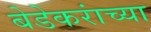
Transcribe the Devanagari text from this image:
बेडेकरांच्या